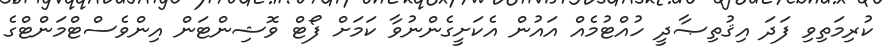
ކުރިމަތިވި ފަދަ އިޤުތިޞާދީ ހުއްޓުމެއް އައުން އެކަށީގެންނުވާ ކަމަށް ފޯޓް ވޮޝިންޓަން އިންވެސްޓްމަންޓްގެ